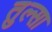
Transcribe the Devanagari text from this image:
तुल्सा